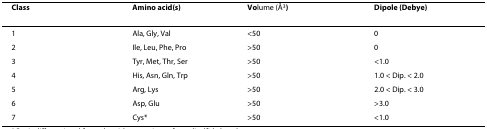
<table><thead><tr><td><b>Class</b></td><td><b>Amino acid(s)</b></td><td><b>Volume (Å<sup>3</sup>)</b></td><td><b>Dipole (Debye)</b></td></tr></thead><tbody><tr><td>1</td><td>Ala, Gly, Val</td><td>&lt;50</td><td>0</td></tr><tr><td>2</td><td>Ile, Leu, Phe, Pro</td><td>&gt;50</td><td>0</td></tr><tr><td>3</td><td>Tyr, Met, Thr, Ser</td><td>&gt;50</td><td>&lt;1.0</td></tr><tr><td>4</td><td>His, Asn, Gln, Trp</td><td>&gt;50</td><td>1.0 &lt; Dip. &lt; 2.0</td></tr><tr><td>5</td><td>Arg, Lys</td><td>&gt;50</td><td>2.0 &lt; Dip. &lt; 3.0</td></tr><tr><td>6</td><td>Asp, Glu</td><td>&gt;50</td><td>&gt;3.0</td></tr><tr><td>7</td><td>Cys*</td><td>&gt;50</td><td>&lt;1.0</td></tr></tbody></table>